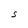
Character: S